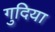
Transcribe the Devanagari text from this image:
गुदिया